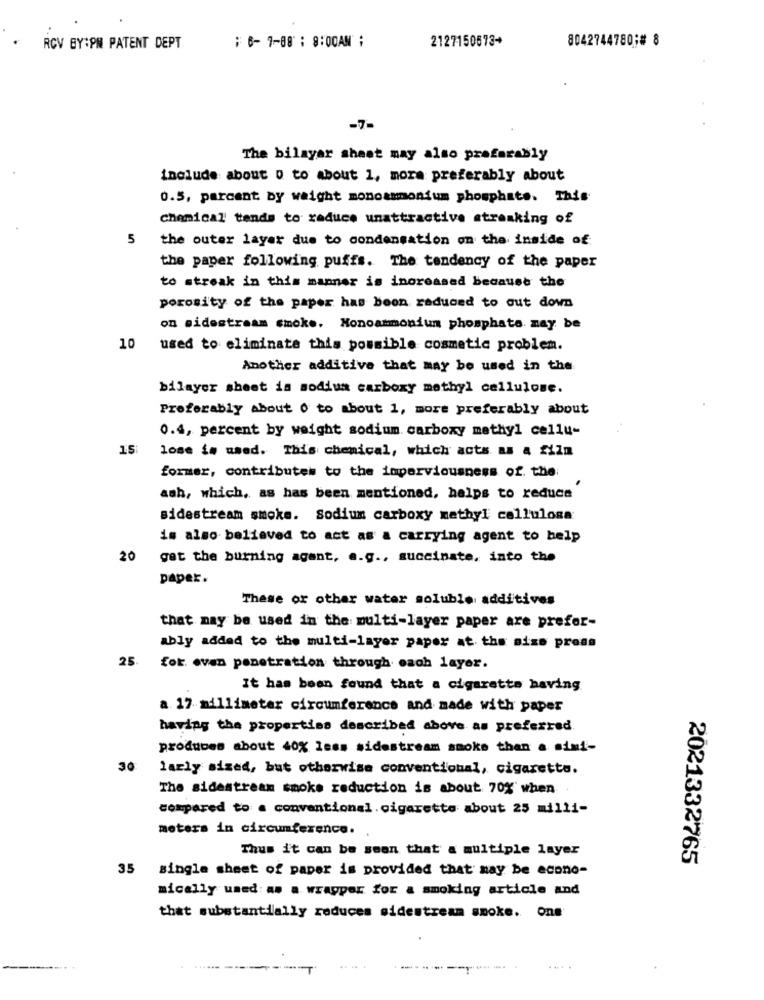
; 6- 7-88 : 8:00AM ;
2127150673+
8042744780;# 8
RCV BY:PM PATENT DEPT
-7-
The bilayar sheet may also preferably
include about o to about 1, mora preferably about
0.5, parcent by weight monoammonium phosphate. This
chemical tends to reduce unattractive streaking of
5
the outer layer due to condensation on the inside of
the paper following puffs. The tendency of the paper
to streak in this manner is increased because the
porosity of the paper has been reduced to cut down
on sidestream smoke. Honoammonium phosphate may be
10
used to eliminate this possible cosmetic problem.
Another additive that may be used in the
bilayer sheet is sodium carboxy methyl cellulose.
Preferably about 0 to about 1, more preferably about
0.4, percent by weight sodium carboxy methyl cellu-
15:
lose is used. This chemical, which acts as 4 film
former, contributes to the imperviousness of. the:
ash, which, as has been mentioned, helps to reduce
sidestream smoke. Sodium carboxy methyl cellulose
is also believed to act as a carrying agent to help
20
get the burning agent, e.g ., succinate, into the
paper.
These or other water soluble additives
that may be used in the multi-layer paper are prefer-
ably added to the multi-layer paper at the size press
25. for. even penetration through each layer.
It has been found that a cigarette having
a 17 millimeter circumference and made with paper
having the properties described above as preferred
produces about 40% less sidestream smoke than a simi-
30
larly sized, but otherwise conventional, cigaretta.
The sidestream smoke reduction is about 70% when
compared to a conventional. cigarette about 25 milli-
meters in circumference.
Thus it can be seen that a multiple layer
2021332765
35 single sheet of paper is provided that may be econo-
mically used as a wrapper for a smoking article and
that substantially reduces sidestream smoke. One
......
... .